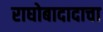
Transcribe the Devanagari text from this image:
राघोबादादाचा